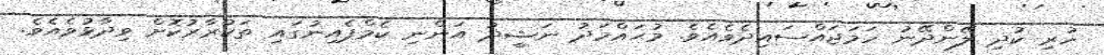
ހުރި ކުދި ލޭންދޭނު ހަމަޖައްސައިދެވެއެވެ. މުޙައްމަދު ނަޝީދު އަންނި ކެމްޕެއިނުގައި ތަކުރާރުކޮށް ވިދާޅުވެއެވެ.